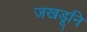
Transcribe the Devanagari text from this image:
जखडूनि